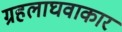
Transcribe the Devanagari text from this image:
ग्रहलाघवाकार